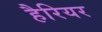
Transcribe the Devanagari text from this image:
हैरियर